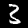
Label: 3